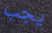
يجب